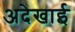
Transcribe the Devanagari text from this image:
अदेखाई